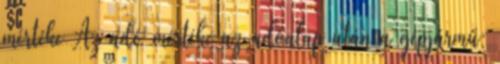
mértéke Az adó mértéke az adóalap után a gépjármű: